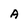
Character: A